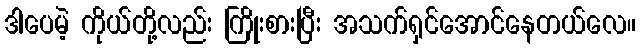
ဒါပေမဲ့ ကိုယ်တို့လည်း ကြိုးစားပြီး အသက်ရှင်အောင်နေတယ်လေ။